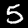
Digit: 5